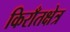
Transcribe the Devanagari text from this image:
किराँतक्षेत्र